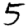
Digit: 5